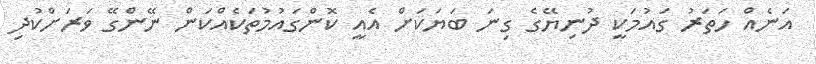
އަނެއް ހަތަރު ގައުމަކީ ދުނިޔޭގެ ގިނަ ބަޔަކަށް އެއީ ކޮންގައުމުތަކެއްކަން ނޭންގޭ ވަރަށްކުދި